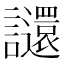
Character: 𧮅